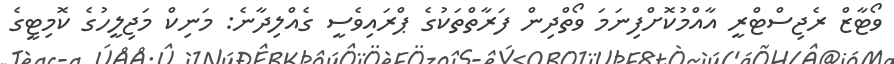
ވޯޓާޒް ރެޖިސްޓްރީ އާއްމުކޮށްފިނަމަ ވޯތްދިން ފަރާތްތަކުގެ ޕްރައިވެސީ ގެއްލިދާނެ: މަނިކް މަޖިލީހުގެ ކޮމިޓީގެ